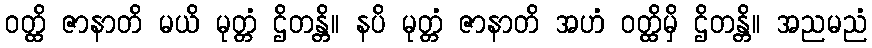
ဝတ္ထိ ဇာနာတိ မယိ မုတ္တံ ဌိတန္တိ။ နပိ မုတ္တံ ဇာနာတိ အဟံ ဝတ္ထိမှိ ဌိတန္တိ။ အညမညံ